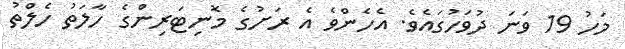
މަހު 19 ވަނަ ދުވަހުގައެވެ. އެހެންވެ އެ ރަށުގެ މޮނިޓަރިންގެ ހާލަތު ހެލްތު